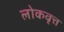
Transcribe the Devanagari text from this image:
लोकवृत्त